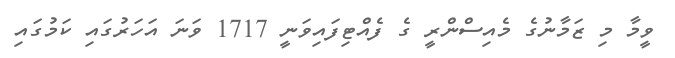
ވީމާ މި ޒަމާނުގެ މެއިސްންރީ ގެ ފެއްޓިފައިވަނީ 1717 ވަނަ އަހަރުގައި ކަމުގައި